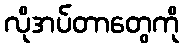
လိုအပ်တာတွေကို